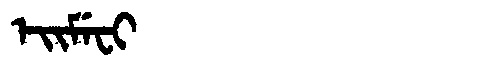
Manchu: ᡝᡳᠮᡝᠸᡳ
Romanization: EIMEFI